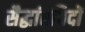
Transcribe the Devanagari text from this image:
सैद्धांतविदों